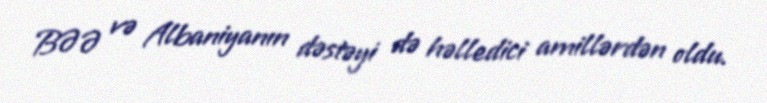
BƏƏ və Albaniyanın dəstəyi də həlledici amillərdən oldu.